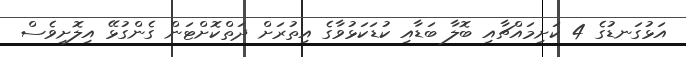
އަޅުގަނޑުގެ 4 ކަށިމައްޗާއި ބޮލާ ބަޑާއި ކުޑަކަޅުވާގެ އިތުރަށް ދަތްކޮށްޓަން ގެންގުޅޭ އިލޮށިވެސް